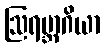
ဩရမ္ဘာဂိယာ